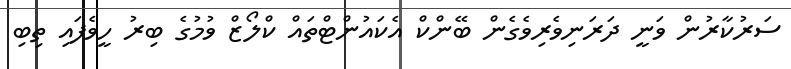
ސަރުކާރުން ވަނީ ދަރަނިވެރިވެގެން ބޭންކް އެކައުންޓްތައް ކްލޯޒް ވުމުގެ ބިރު ހީވެފައި ތިބި